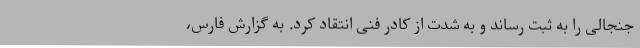
جنجالی را به ثبت رساند و به شدت از کادر فنی انتقاد کرد. به گزارش فارس،